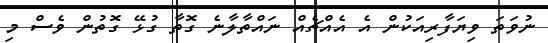
ނުވަތަ ވިޔަފާރިއަކުން އެ އެއްޗެއް ނައްތާލާނެ ގޮތާ ގުޅޭ ގޮތުން ވެސް މި